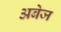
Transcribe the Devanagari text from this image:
अबेज